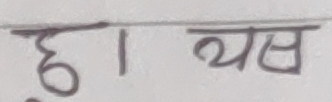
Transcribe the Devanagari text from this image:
छा। यस